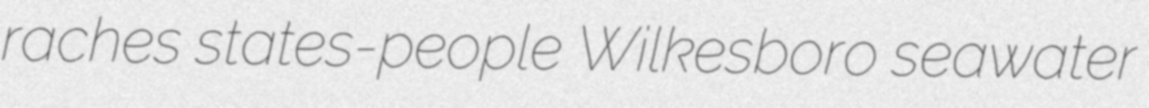
raches states-people Wilkesboro seawater